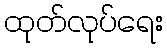
ထုတ်လုပ်ရေး